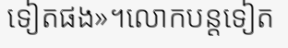
ទៀតផង»។លោកបន្តទៀត